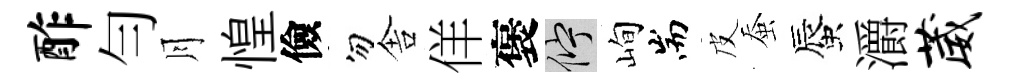
酢勻月惶儉勿舎佯褒伫峋耑皮蚕蜃灂葳